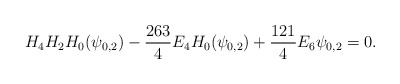
\begin{align*}H_4H_2H_0(\psi_{0,2})-\frac{263}4E_4H_0(\psi_{0,2})+\frac{121}4E_6\psi_{0,2}=0.\end{align*}